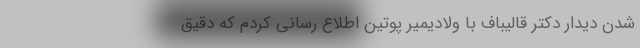
شدن دیدار دکتر قالیباف با ولادیمیر پوتین اطلاع رسانی کردم که دقیق